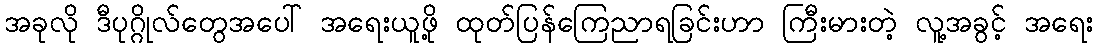
အခုလို ဒီပုဂ္ဂိုလ်တွေအပေါ် အရေးယူဖို့ ထုတ်ပြန်ကြေညာရခြင်းဟာ ကြီးမားတဲ့ လူ့အခွင့် အရေး